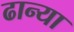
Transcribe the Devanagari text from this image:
ढान्या